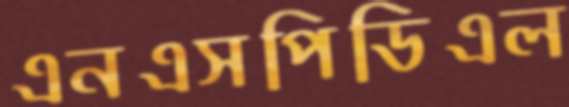
এনএসপিডিএল